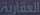
العقاریة